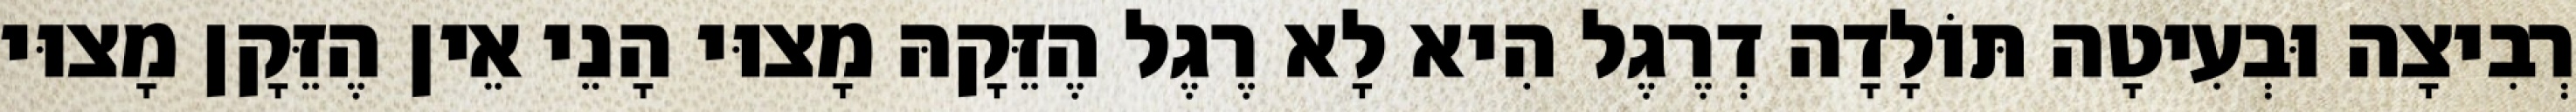
רְבִיצָה וּבְעִיטָה תּוֹלָדָה דְרֶגֶל הִיא לָא רֶגֶל הֶזֵּקָהּ מָצוּי הָנֵי אֵין הֶזֵּקָן מָצוּי